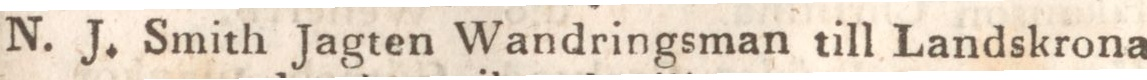
N. J. Smith Jagten Wandringsman till Landskrona